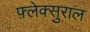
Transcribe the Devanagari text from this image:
फ़्लेक्सुराल